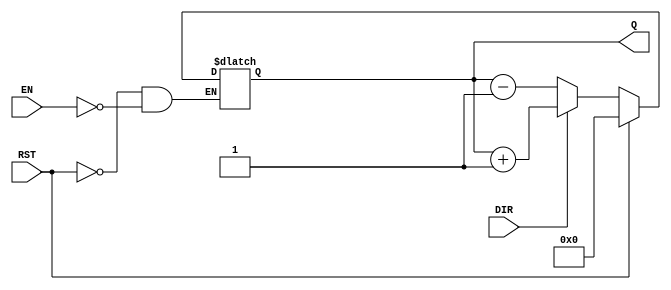
module async_counter #(
    parameter WIDTH = 4 // Configurable bit width (3 to 8)
)(
    input wire EN,        // Enable signal
    input wire DIR,       // Count direction (1 for up, 0 for down)
    input wire RST,       // Asynchronous reset
    output reg [WIDTH-1:0] Q // Count value output
);

    // Asynchronous reset
    always @(*) begin
        if (RST) begin
            Q <= 0; // Reset the counter to zero
        end else if (EN) begin
            if (DIR) begin
                Q <= Q + 1; // Count up
            end else begin
                Q <= Q - 1; // Count down
            end
        end
    end

endmodule